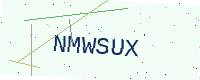
Text: NMWSUX